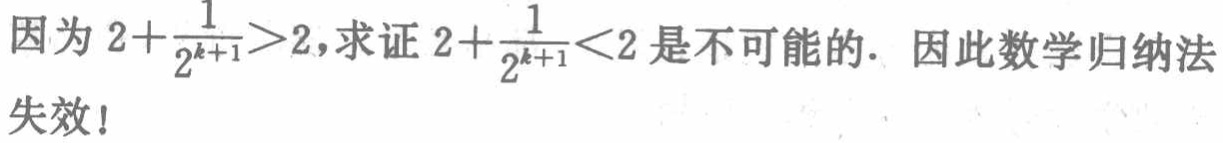
因为 \(2+\frac{1}{2^{k + 1}}>2\)，求证 \(2+\frac{1}{2^{k + 1}}<2\) 是不可能的. 因此数学归纳法失效！